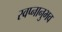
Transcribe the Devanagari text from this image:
स्वप्नानुभव